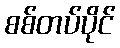
စစ်တပ်ပိုင်